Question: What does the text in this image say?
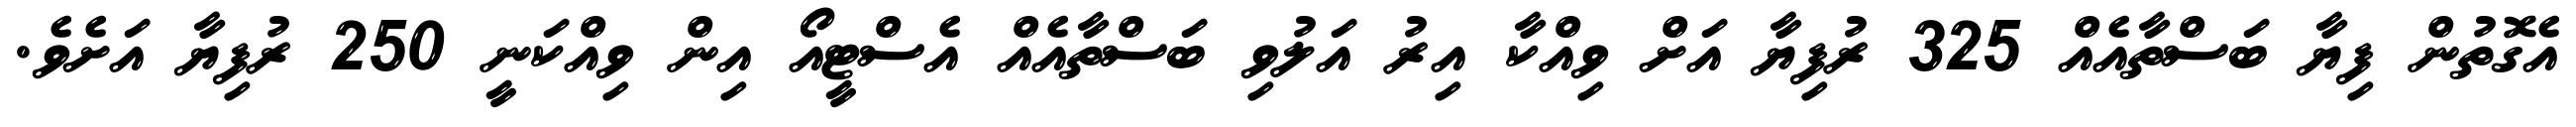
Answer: އެގޮތުން ފިޔާ ބަސްތާއެއް 325 ރުފިޔާ އަށް ވިއްކާ އިރު އަލުވި ބަސްތާއެއް އެސްޓީއޯ އިން ވިއްކަނީ 250 ރުފިޔާ އަށެވެ.